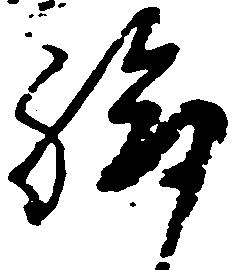
給